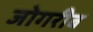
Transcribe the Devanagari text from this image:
जोगरीब